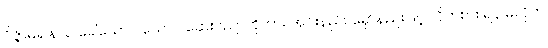
ဝိဇ္ဇာဓရ နယ ခေါ်သော ပယောဂ ဆေးပညာကိုကား အင်းနည်း မှော်နည်းဖြင့် လိုက်စား ရန် မလိုဘဲ